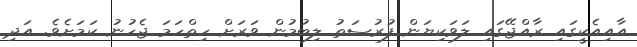
އާއިއެކީގައި ރާއްޖޭގައި ލަވަކިޔަން ފުރުސަތު ލިބުމުން ވަރަށް ހިތްހަމަ ޖެހުނު ކަމަށެވެ. އަދި